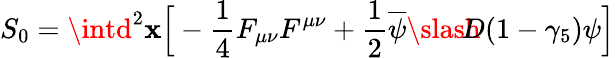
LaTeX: S_{0}=\intd^{2}\mathbf{x}\Big[-{\frac{{1}}{{4}}}F_{\mu\nu}F^{\mu\nu}+{\frac{{1}}{{2}}}\overline{{{\psi}}}{\slash\! \! \! \! D}(1-\gamma_{5})\psi\Big]